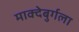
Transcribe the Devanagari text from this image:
माक्देबुर्गला